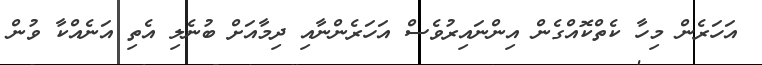
އަހަރެން މިހާ ކެތްކޮއްގެން އިންނައިރުވެސް އަހަރެންނާއި ދިމާއަށް ބުނެލި އެތި އަނެއްކާ ވުން